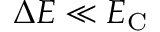
\Delta E \ll E _ { \mathrm C }